Plague in India, 1896, 1897 - Volume 2
Year: 1896
Disease focus: Plague
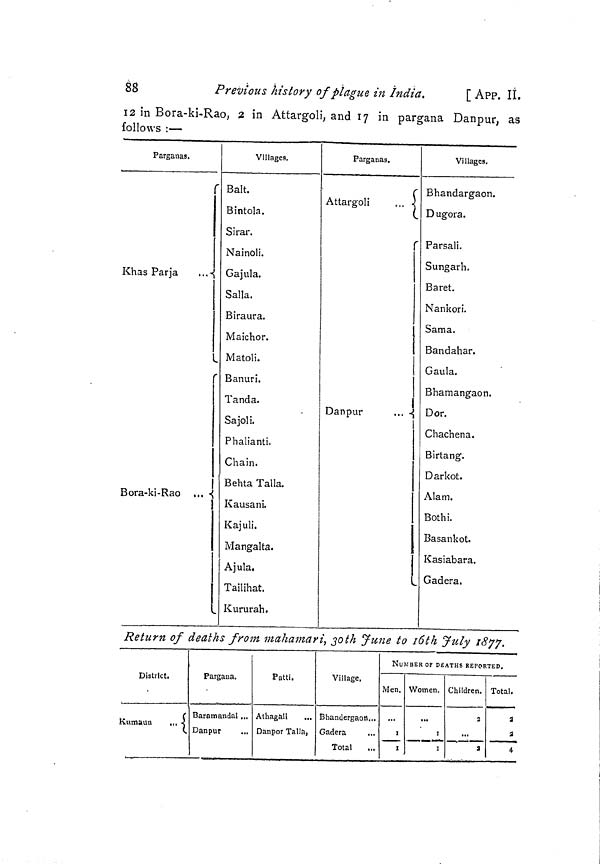
88
Previous history of plague in India.
[ APP. IÍ.
12 in Bora-ki-Rao, 2 in Attargoli, and 17 in pargana Danpur, as
follows :—
Parganas.
Khas Par ja
L
r
Bora-ki-Rao ,,,
Village3.
Bait.
Bintola.
S i rar.
Nainoli.
Gajula.
Salla.
B irau ra.
Maichor.
Matoli.
Banuri.
Tanda.
Sajol i.
Phalianti.
Chain.
Behta Talla.
Kausani.
Kajuli.
Mangalta.
Ajula.
Tailihat.
Kururah.
Parganas.
r
Attargoli
l
r
Danpur
...
l
Villages.
Bhandargaon.
D ugora.
Parsali.
Sungarh.
Baret.
Nankori.
Sama.
Bandahar.
Gaula.
Bhamangaon.
Dor.
Chachena.
Birtang.
Darkot.
Alam.
Bothi.
Basankot.
Kasiabara.
Gadera.
Return of deaths from mahamari, 30th June to 16th July 1877.
District.
Kumaun
.
Pargana.
Baratnandal ...
Danpur
Patti.
Athagali
Danpor Talla }
Village.
Bhandergaor...
Gadera
Total
NUMBER OF DEATHS REPORTED.
Men.
...
1
i
Women.
...
1
i
Children.
5
..
a
Total.
5
a
4